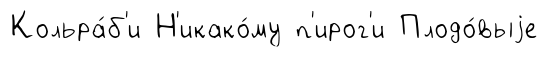
Кольра́б'и Н'икако́му п'ирог'и Плодо́выjе